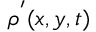
\rho ^ { ' } ( x , y , t )